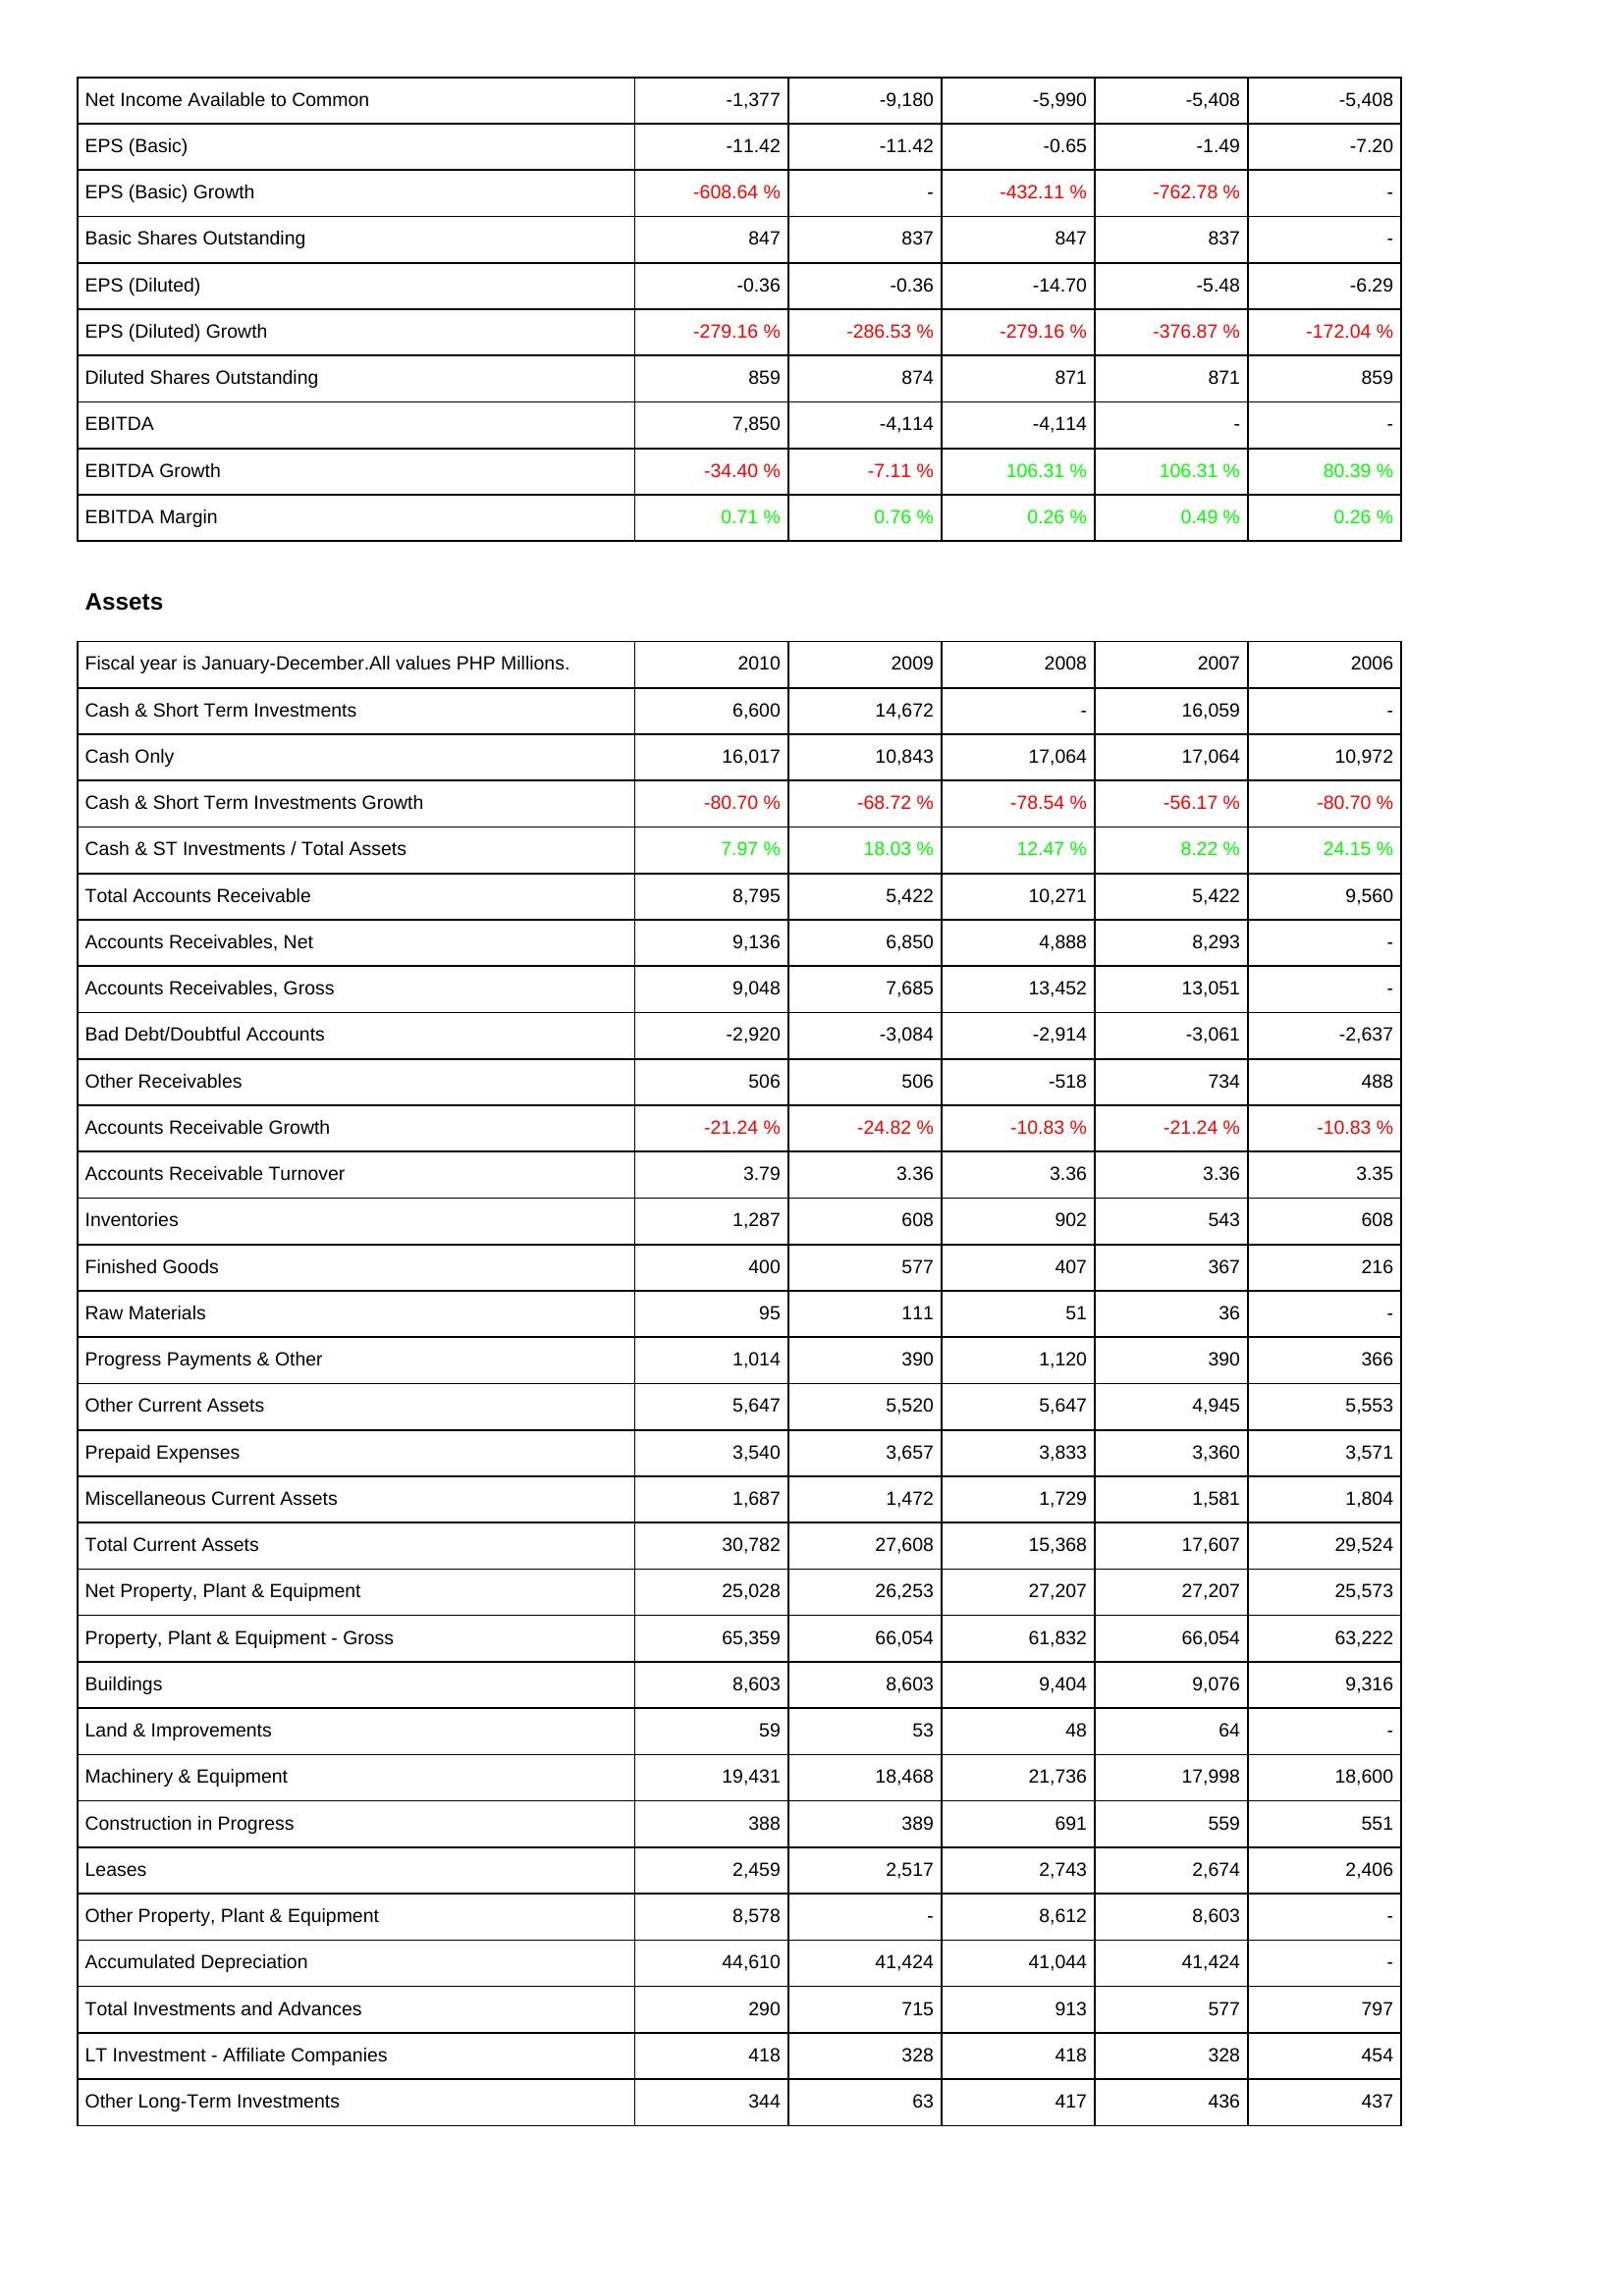
2010: Income Statement: Net Income Available to Common: -1,377
EPS (Basic): -11.42
EPS (Basic) Growth: -608.64 %
Basic Shares Outstanding: 847
EPS (Diluted): -0.36
EPS (Diluted) Growth: -279.16 %
Diluted Shares Outstanding: 859
EBITDA: 7,850
EBITDA Growth: -34.40 %
EBITDA Margin: 0.71 %
Assets: Cash & Short Term Investments: 6,600
Cash Only: 16,017
Cash & Short Term Investments Growth: -80.70 %
Cash & ST Investments / Total Assets: 7.97 %
Total Accounts Receivable: 8,795
Accounts Receivables, Net: 9,136
Accounts Receivables, Gross: 9,048
Bad Debt/Doubtful Accounts: -2,920
Other Receivables: 506
Accounts Receivable Growth: -21.24 %
Accounts Receivable Turnover: 3.79
Inventories: 1,287
Finished Goods: 400
Raw Materials: 95
Progress Payments & Other: 1,014
Other Current Assets: 5,647
Prepaid Expenses: 3,540
Miscellaneous Current Assets: 1,687
Total Current Assets: 30,782
Net Property, Plant & Equipment: 25,028
Property, Plant & Equipment - Gross: 65,359
Buildings: 8,603
Land & Improvements: 59
Machinery & Equipment: 19,431
Construction in Progress: 388
Leases: 2,459
Other Property, Plant & Equipment: 8,578
Accumulated Depreciation: 44,610
Total Investments and Advances: 290
LT Investment - Affiliate Companies: 418
Other Long-Term Investments: 344
2009: Income Statement: Net Income Available to Common: -9,180
EPS (Basic): -11.42
EPS (Basic) Growth: -
Basic Shares Outstanding: 837
EPS (Diluted): -0.36
EPS (Diluted) Growth: -286.53 %
Diluted Shares Outstanding: 874
EBITDA: -4,114
EBITDA Growth: -7.11 %
EBITDA Margin: 0.76 %
Assets: Cash & Short Term Investments: 14,672
Cash Only: 10,843
Cash & Short Term Investments Growth: -68.72 %
Cash & ST Investments / Total Assets: 18.03 %
Total Accounts Receivable: 5,422
Accounts Receivables, Net: 6,850
Accounts Receivables, Gross: 7,685
Bad Debt/Doubtful Accounts: -3,084
Other Receivables: 506
Accounts Receivable Growth: -24.82 %
Accounts Receivable Turnover: 3.36
Inventories: 608
Finished Goods: 577
Raw Materials: 111
Progress Payments & Other: 390
Other Current Assets: 5,520
Prepaid Expenses: 3,657
Miscellaneous Current Assets: 1,472
Total Current Assets: 27,608
Net Property, Plant & Equipment: 26,253
Property, Plant & Equipment - Gross: 66,054
Buildings: 8,603
Land & Improvements: 53
Machinery & Equipment: 18,468
Construction in Progress: 389
Leases: 2,517
Other Property, Plant & Equipment: -
Accumulated Depreciation: 41,424
Total Investments and Advances: 715
LT Investment - Affiliate Companies: 328
Other Long-Term Investments: 63
2008: Income Statement: Net Income Available to Common: -5,990
EPS (Basic): -0.65
EPS (Basic) Growth: -432.11 %
Basic Shares Outstanding: 847
EPS (Diluted): -14.70
EPS (Diluted) Growth: -279.16 %
Diluted Shares Outstanding: 871
EBITDA: -4,114
EBITDA Growth: 106.31 %
EBITDA Margin: 0.26 %
Assets: Cash & Short Term Investments: -
Cash Only: 17,064
Cash & Short Term Investments Growth: -78.54 %
Cash & ST Investments / Total Assets: 12.47 %
Total Accounts Receivable: 10,271
Accounts Receivables, Net: 4,888
Accounts Receivables, Gross: 13,452
Bad Debt/Doubtful Accounts: -2,914
Other Receivables: -518
Accounts Receivable Growth: -10.83 %
Accounts Receivable Turnover: 3.36
Inventories: 902
Finished Goods: 407
Raw Materials: 51
Progress Payments & Other: 1,120
Other Current Assets: 5,647
Prepaid Expenses: 3,833
Miscellaneous Current Assets: 1,729
Total Current Assets: 15,368
Net Property, Plant & Equipment: 27,207
Property, Plant & Equipment - Gross: 61,832
Buildings: 9,404
Land & Improvements: 48
Machinery & Equipment: 21,736
Construction in Progress: 691
Leases: 2,743
Other Property, Plant & Equipment: 8,612
Accumulated Depreciation: 41,044
Total Investments and Advances: 913
LT Investment - Affiliate Companies: 418
Other Long-Term Investments: 417
2007: Income Statement: Net Income Available to Common: -5,408
EPS (Basic): -1.49
EPS (Basic) Growth: -762.78 %
Basic Shares Outstanding: 837
EPS (Diluted): -5.48
EPS (Diluted) Growth: -376.87 %
Diluted Shares Outstanding: 871
EBITDA: -
EBITDA Growth: 106.31 %
EBITDA Margin: 0.49 %
Assets: Cash & Short Term Investments: 16,059
Cash Only: 17,064
Cash & Short Term Investments Growth: -56.17 %
Cash & ST Investments / Total Assets: 8.22 %
Total Accounts Receivable: 5,422
Accounts Receivables, Net: 8,293
Accounts Receivables, Gross: 13,051
Bad Debt/Doubtful Accounts: -3,061
Other Receivables: 734
Accounts Receivable Growth: -21.24 %
Accounts Receivable Turnover: 3.36
Inventories: 543
Finished Goods: 367
Raw Materials: 36
Progress Payments & Other: 390
Other Current Assets: 4,945
Prepaid Expenses: 3,360
Miscellaneous Current Assets: 1,581
Total Current Assets: 17,607
Net Property, Plant & Equipment: 27,207
Property, Plant & Equipment - Gross: 66,054
Buildings: 9,076
Land & Improvements: 64
Machinery & Equipment: 17,998
Construction in Progress: 559
Leases: 2,674
Other Property, Plant & Equipment: 8,603
Accumulated Depreciation: 41,424
Total Investments and Advances: 577
LT Investment - Affiliate Companies: 328
Other Long-Term Investments: 436
2006: Income Statement: Net Income Available to Common: -5,408
EPS (Basic): -7.20
EPS (Basic) Growth: -
Basic Shares Outstanding: -
EPS (Diluted): -6.29
EPS (Diluted) Growth: -172.04 %
Diluted Shares Outstanding: 859
EBITDA: -
EBITDA Growth: 80.39 %
EBITDA Margin: 0.26 %
Assets: Cash & Short Term Investments: -
Cash Only: 10,972
Cash & Short Term Investments Growth: -80.70 %
Cash & ST Investments / Total Assets: 24.15 %
Total Accounts Receivable: 9,560
Accounts Receivables, Net: -
Accounts Receivables, Gross: -
Bad Debt/Doubtful Accounts: -2,637
Other Receivables: 488
Accounts Receivable Growth: -10.83 %
Accounts Receivable Turnover: 3.35
Inventories: 608
Finished Goods: 216
Raw Materials: -
Progress Payments & Other: 366
Other Current Assets: 5,553
Prepaid Expenses: 3,571
Miscellaneous Current Assets: 1,804
Total Current Assets: 29,524
Net Property, Plant & Equipment: 25,573
Property, Plant & Equipment - Gross: 63,222
Buildings: 9,316
Land & Improvements: -
Machinery & Equipment: 18,600
Construction in Progress: 551
Leases: 2,406
Other Property, Plant & Equipment: -
Accumulated Depreciation: -
Total Investments and Advances: 797
LT Investment - Affiliate Companies: 454
Other Long-Term Investments: 437